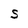
Character: S